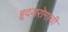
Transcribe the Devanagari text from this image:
हृदयरोगाची